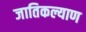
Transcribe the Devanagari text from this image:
जातिकल्याण